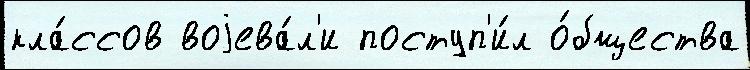
кла́ссов воjева́л'и поступ'и́л о́бщества